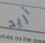
أريد